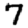
Digit: 7